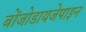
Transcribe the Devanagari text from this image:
बोंजोडायजेपाइन